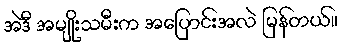
အဲဒီ အမျိုးသမီးက အပြောင်းအလဲ မြန်တယ်။